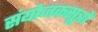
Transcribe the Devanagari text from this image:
संयोजकसूत्रों